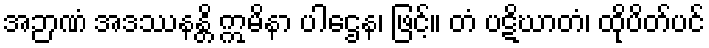
အဉာဏံ အဒဿနန္တိ ဣမိနာ ပါဌေန၊ ဖြင့်။ တံ ပဋိဃာတံ၊ ထိုပိတ်ပင်